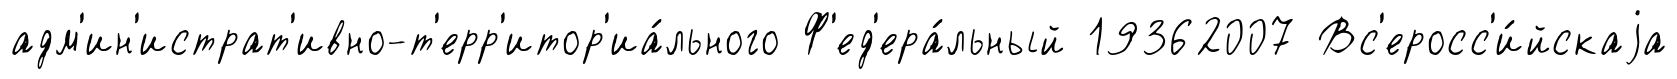
адм'ин'истрат'ивно-т'ерр'итор'иа́льного Ф'ед'ера́льный 19362007 Вс'еросс'и́йскаjа